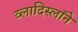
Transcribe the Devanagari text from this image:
व्लादिस्लॉने